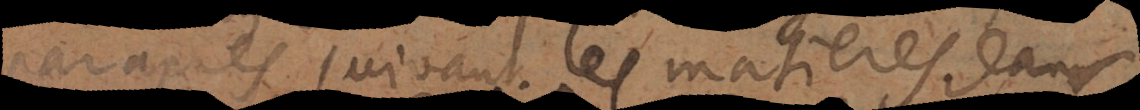
après suivant les matieres dans